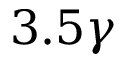
3 . 5 \gamma